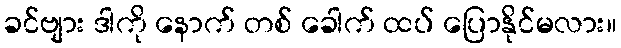
ခင်ဗျား ဒါကို နောက် တစ် ခေါက် ထပ် ပြောနိုင်မလား။